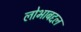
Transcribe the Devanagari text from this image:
लोभाबद्दल